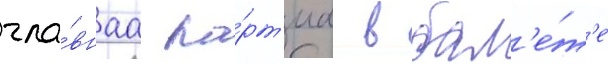
гла́внаа па́рт'иа в бал'е́т'е